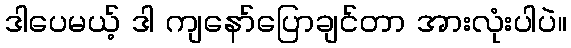
ဒါပေမယ့် ဒါ ကျနော်ပြောချင်တာ အားလုံးပါပဲ။